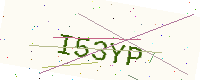
Text: I53YP